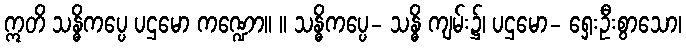
ဣတိ သန္ဓိကပ္ပေ ပဌမော ကဏ္ဍော။ ။ သန္ဓိကပ္ပေ- သန္ဓိ ကျမ်း၌၊ ပဌမော- ရှေးဦးစွာသော၊